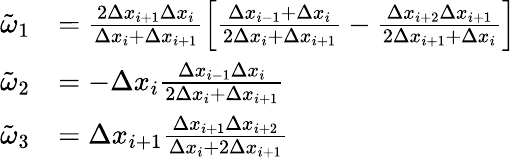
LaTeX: \begin{array}{rl}{\tilde{\omega}_{1}}&{=\frac{2\Delta x_{i+1}\Delta x_{i}}{\Delta x_{i}+\Delta x_{i+1}}\left[\frac{\Delta x_{i-1}+\Delta x_{i}}{2\Delta x_{i}+\Delta x_{i+1}}-\frac{\Delta x_{i+2}\Delta x_{i+1}}{2\Delta x_{i+1}+\Delta x_{i}}\right]}\\ {\tilde{\omega}_{2}}&{=-\Delta x_{i}\frac{\Delta x_{i-1}\Delta x_{i}}{2\Delta x_{i}+\Delta x_{i+1}}}\\ {\tilde{\omega}_{3}}&{=\Delta x_{i+1}\frac{\Delta x_{i+1}\Delta x_{i+2}}{\Delta x_{i}+2\Delta x_{i+1}}}\end{array}